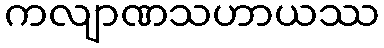
ကလျာဏသဟာယဿ